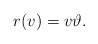
\begin{align*}r(v)=v\vartheta .\end{align*}